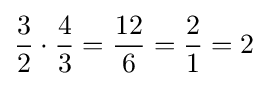
{\frac {3}{2}}\cdot {\frac {4}{3}}={\frac {12}{6}}={\frac {2}{1}}=2